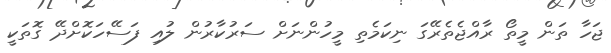
ޖަހާ ތަން މީތޯ ރާއްޖެތެރޭގަ ނިކަމެތި މީހުންނަށް ސަރުކާރުން ލުއި ފަސޭހަކޮށްދޭ ގޮތަކީ